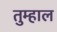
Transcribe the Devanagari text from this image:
तुम्हाल